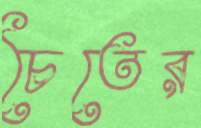
চৈতের